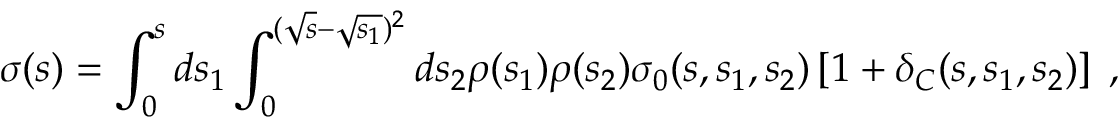
\sigma ( s ) = \int _ { 0 } ^ { s } d s _ { 1 } \int _ { 0 } ^ { ( \sqrt { s } - \sqrt { s _ { 1 } } ) ^ { 2 } } d s _ { 2 } \rho ( s _ { 1 } ) \rho ( s _ { 2 } ) \sigma _ { 0 } ( s , s _ { 1 } , s _ { 2 } ) \left[ 1 + \delta _ { C } ( s , s _ { 1 } , s _ { 2 } ) \right] \; ,